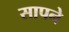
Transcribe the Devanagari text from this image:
सापने